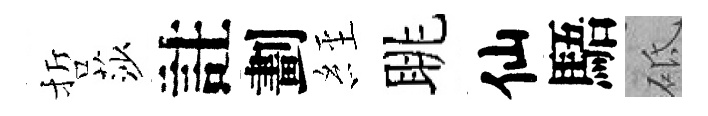
哲莎註劃𦀇眺仙䮏砥